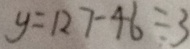
y = 1 2 7 - 4 6 \div 3